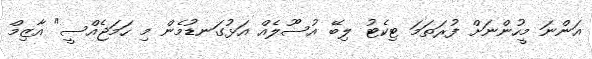
އަންނަ މީހުންނަށް ފުރަތަމަ ޓިކެޓު ލިބޭ އުސޫލެއް އަޅުގަނޑުމެން މި ހަމަޖެއްސީ" އާޒިމް